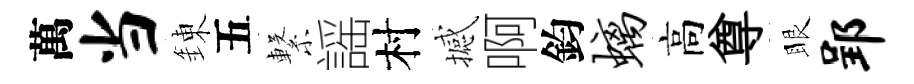
萬当錬五繋謡村撼啊鈞螭高尊眼郢